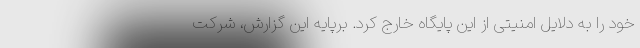
خود را به دلایل امنیتی از این پایگاه خارج کرد. برپایه این گزارش، شرکت